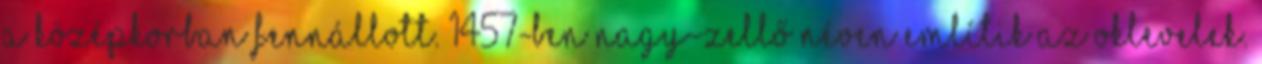
a középkorban fennállott. 1457-ben Nagy-Zellő néven említik az oklevelek.